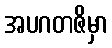
အပဂတဇိမှာ